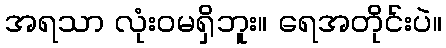
အရသာ လုံးဝမရှိဘူး။ ရေအတိုင်းပဲ။